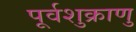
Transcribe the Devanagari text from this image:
पूर्वशुक्राणु